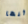
أنها